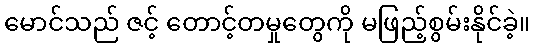
မောင်သည် ဇင့် တောင့်တမှုတွေကို မဖြည့်စွမ်းနိုင်ခဲ့။